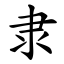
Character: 隶